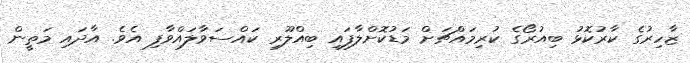
ޒާހިރުގެ ކާރުކޮޅު ބިއުރޯގެ ކުރިމައްޗަށް މަޑުކޮށްލާފައި ބިއްލޫރި ކައްސަވާލައްވާފި އެވެ. އާދައި މަތީން